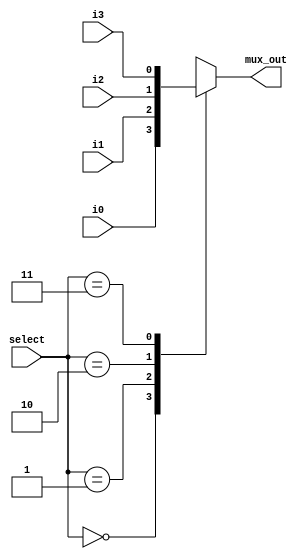
 // 4x1 multiplexer 		
 // behavioral model 
module Mux_4_x_1 (mux_out, i0, i1, i2, i3, select);
  output 	mux_out;
  input		i0, i1, i2, i3;
  input [1: 0]	select;
  reg		mux_out;
  always @ (select, i0, i1, i2, i3)
    case (select)
      2'b00: 	mux_out = i0;
      2'b01: 	mux_out = i1;
      2'b10: 	mux_out = i2;
      2'b11: 	mux_out = i3;
    endcase
endmodule

// Behavioral model of D flip-flop
module D_flip_flop (Q, D, CLK, Clr_b);
  output	Q;
  input	D, CLK, Clr_b;
  reg		Q;

  always @ (posedge CLK or negedge Clr_b)		
    if (!Clr_b) Q <= 1'b0; else Q <= D;
endmodule

// One stage of shift register
module stage (i0, i1, i2, i3, Q, select, CLK, Clr_b);
  input	i0, 	// circulation bit selection
 	  i1, 	// data from left neighbor or serial input for shift-right
    i2, 	// data from right neighbor or serial input for shift-left
    i3; 	// data from parallel input
  output 	Q; 
  input [1: 0] 	select;		// stage mode control bus
  input		CLK, Clr_b;	// Clock, Clear for flip-flops
  wire		mux_out;

// instantiate mux and flip-flop
  Mux_4_x_1	M0 	(mux_out, i0, i1, i2, i3, select);
  D_flip_flop	M1 	(Q, mux_out, CLK, Clr_b);
endmodule

// Structural description of a 4-bit universal shift register (see Fig. 6.7)
module Shift_Register_4_str (			// V2001, 2005	
  output [3: 0] 	A_par,				// Parallel output
  input [3: 0] 	I_par,				// Parallel input
  input 		s1, s0,				// Mode select
  input 		MSB_in, LSB_in, CLK, Clear_b	// Serial inputs, clock, clear
);

// bus for mode control
  wire 	[1:0] 	select = {s1, s0};

// Instantiate the four stages
  stage ST0 (A_par[0], A_par[1], LSB_in, I_par[0], A_par[0], select, CLK, Clear_b);
  stage ST1 (A_par[1], A_par[2], A_par[0], I_par[1],A_par[1], select, CLK, Clear_b);
  stage ST2 (A_par[2], A_par[3], A_par[1], I_par[2], A_par[2], select, CLK, Clear_b);
  stage ST3 (A_par[3], MSB_in, A_par[2], I_par[3], A_par[3], select, CLK, Clear_b);
endmodule